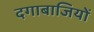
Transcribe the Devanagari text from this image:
दगाबाजियों